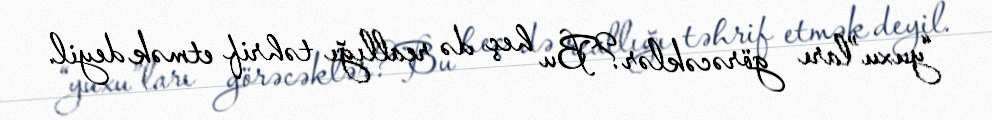
“yuxu”ları görəcəklər?Bu heç də reallığı təhrif etmək deyil.